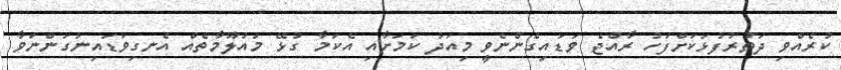
ކުރެއްވި ދަތުރުފުޅަކަށްފަހު ރާއްޖެ ވަޑައިގެންނެވީ މިއަދު ކަމަށާއި އެކަމާ ގުޅޭ މައުލޫމާތެއް އެނގިވަޑައިނުގަންނަވާ